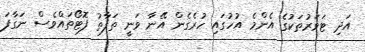
އަދި ޓަވަރުތަކުގެ އެންމެ އުހުގައި ހުރެގެން އޭނާ ވަނީ ތަފާތު ފޮޓޯތައްވެސް ނަގާފަ